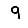
Digit: 9